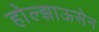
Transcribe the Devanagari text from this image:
होल्झाऊसेन